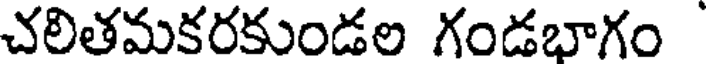
చలితమకరకుండల గండభాగం